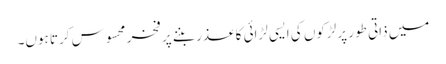
میں ذاتی طور پر لڑکوں کی ایسی لڑائی کا عذر بننے پر فخر محسوس کرتا ہوں۔